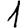
Digit: 1